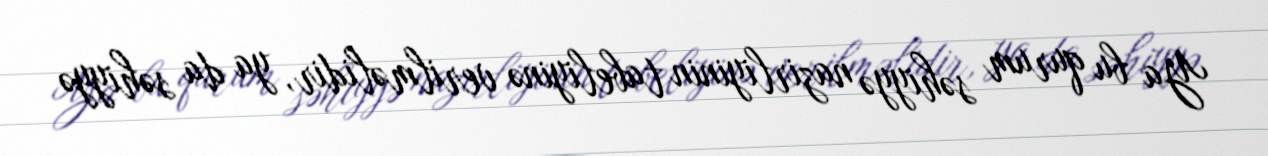
Ya bu qurum səhiyyə nazirliyinin tabeliyinə verilməlidir, ya da səhiyyə